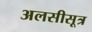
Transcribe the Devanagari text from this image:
अलसीसूत्र